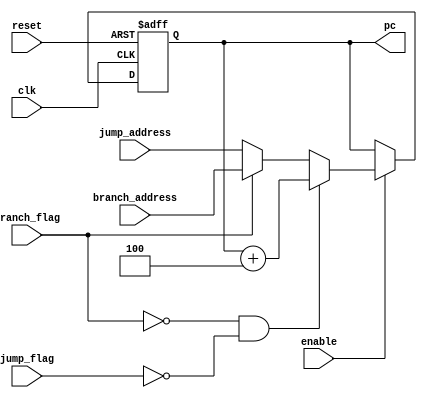
`timescale 1ns / 1ps

module PCupdate(
    input clk,
    input reset,
	 input enable,
    input branch_flag,
    input jump_flag,
    input [31:0] branch_address,
    input [31:0] jump_address,
    output reg [31:0] pc
    );

always@(posedge clk,negedge reset)
begin
if(reset == 0)
begin
pc = 0;
end
else if(enable == 1)
begin
if(branch_flag == 0 && jump_flag == 0)
pc = pc + 4;
else if(branch_flag == 1)
pc = branch_address;
else
pc = jump_address;
end
end
endmodule